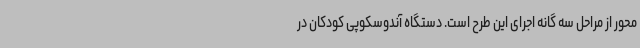
محور از مراحل سه گانه اجرای این طرح است. دستگاه آندوسکوپی کودکان در